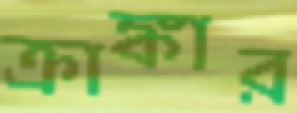
ক্রাঙ্কার